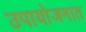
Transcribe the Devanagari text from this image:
उपायोजनात